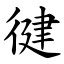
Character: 徤